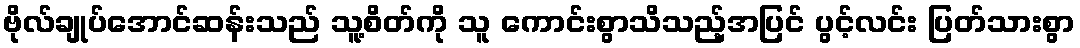
ဗိုလ်ချုပ်အောင်ဆန်းသည် သူ့စိတ်ကို သူ ကောင်းစွာသိသည့်အပြင် ပွင့်လင်း ပြတ်သားစွာ